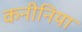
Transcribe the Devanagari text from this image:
कनीनिया